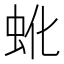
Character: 𬟹